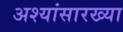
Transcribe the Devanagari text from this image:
अश्यांसारख्या